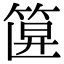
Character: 𥮞